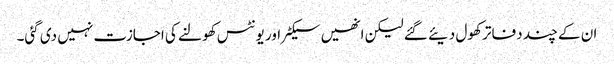
ان کے چند دفاتر کھول دیئے گئے لیکن انھیں سیکٹر اور یونٹس کھولنے کی اجازت نہیں دی گئی۔